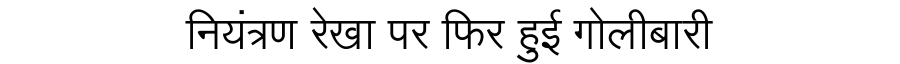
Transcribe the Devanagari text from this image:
नियंत्रण रेखा पर फिर हुई गोलीबारी